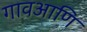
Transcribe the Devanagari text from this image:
गावआणि